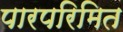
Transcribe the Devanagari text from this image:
पारपरिमित